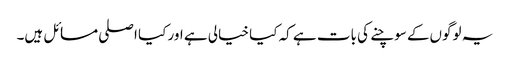
یہ لوگوں‌کے سوچنے کی بات ہے کہ کیا خیالی ہے اور کیا اصلی مسائل ہیں۔